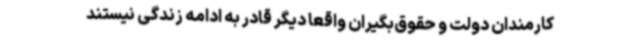
کارمندان دولت و حقوق‌بگیران واقعا دیگر قادر به ادامه زندگی نیستند